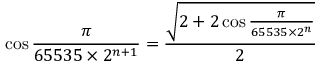
\cos { \frac { \pi } { 6 5 5 3 5 \times 2 ^ { n + 1 } } } = { \frac { \sqrt { 2 + 2 \cos { \frac { \pi } { 6 5 5 3 5 \times 2 ^ { n } } } } } { 2 } }